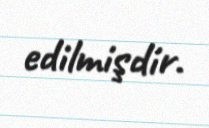
edilmişdir.